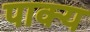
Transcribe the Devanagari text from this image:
पाक्य